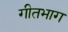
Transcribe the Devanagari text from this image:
गीतभाग